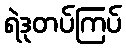
ရဲဒုတပ်ကြပ်